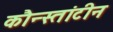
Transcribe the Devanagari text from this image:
कौन्स्तांटीन